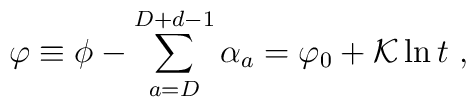
\varphi \equiv \phi - \sum_{a=D}^{D+d-1} \alpha_a  = \varphi_0 + {\cal K} \ln t \ ,